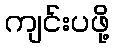
ကျင်းပဖို့